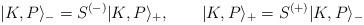
LaTeX: \begin{align*}|K,P\rangle _{-}=S^{(-)}|K,P\rangle _{+},\qquad |K,P\rangle_{+}=S^{(+)}|K,P\rangle _{-} \end{align*}